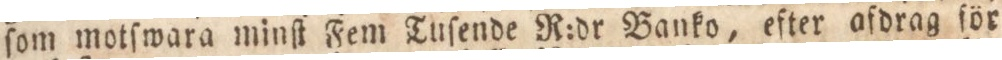
ſom motſwara minſt Fem Tuſende R:dr Banko, efter afdrag ſör